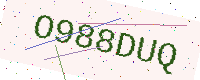
Text: O988DUQ